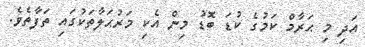
އަދި މި ޙަރާމް ކަމުގެ ކުޑަ ބޮޑު މިން އެކި މަރުޙަލާތަކުގައި ތަފާތެވެ.